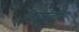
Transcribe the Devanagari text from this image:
डिप्लोमोनाडिडा